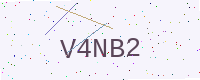
Text: V4NB2